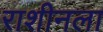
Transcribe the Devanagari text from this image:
राशीनला